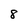
Character: 8